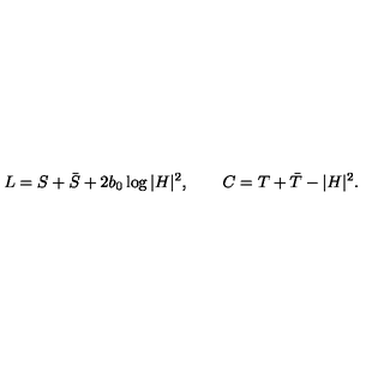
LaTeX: L = S + \bar { S } + 2 b _ { 0 } \log | H | ^ { 2 } , \qquad C = T + \bar { T } - | H | ^ { 2 } .